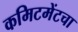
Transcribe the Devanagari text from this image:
कमिटमेंटचा